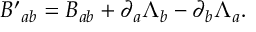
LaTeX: { B ^ { \prime } } _ { a b } = B _ { a b } + \partial _ { a } \Lambda _ { b } - \partial _ { b } \Lambda _ { a } .